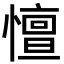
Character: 憻